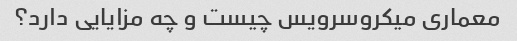
معماری میکروسرویس چیست و چه مزایایی دارد؟